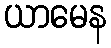
ယာမေန